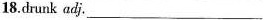
17.porridge n.─ 18.drunk adj. ___